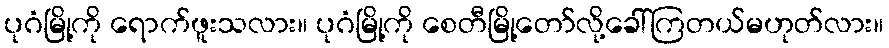
ပုဂံမြို့ကို ရောက်ဖူးသလား။ ပုဂံမြို့ကို စေတီမြို့တော်လို့ခေါ်ကြတယ်မဟုတ်လား။